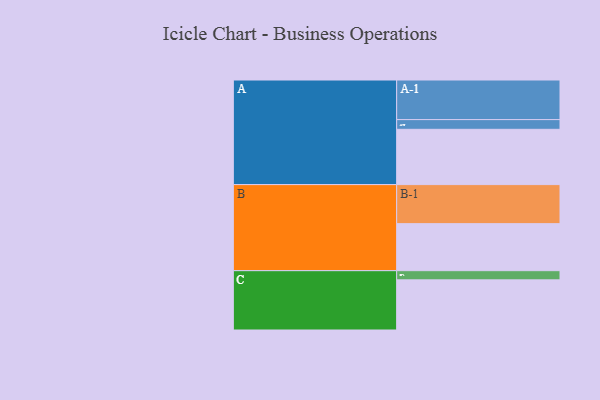
{"axis": {"x": "Segment", "y": "Value"}, "legend": ["", "A", "B", "C"], "data": [{"x": "A", "y": 409, "type": ""}, {"x": "B", "y": 348, "type": ""}, {"x": "C", "y": 371, "type": ""}, {"x": "A-1", "y": 293, "type": "A"}, {"x": "A-2", "y": 72, "type": "A"}, {"x": "B-1", "y": 289, "type": "B"}, {"x": "C-1", "y": 68, "type": "C"}]}